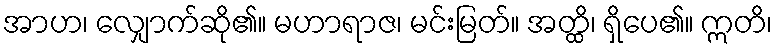
အာဟ၊ လျှောက်ဆို၏။ မဟာရာဇ၊ မင်းမြတ်။ အတ္ထိ၊ ရှိပေ၏။ ဣတိ၊